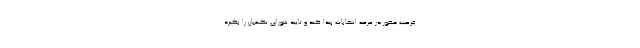
فرصت حضور در عرصه انتخابات پیدا کند و تایید شورای نگهبان را بگیرد